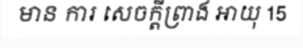
មាន ការ សេចក្តីព្រាង អាយុ 15